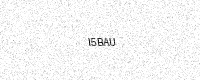
Text: I5BAU